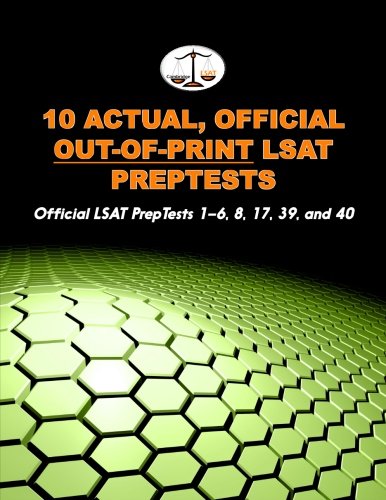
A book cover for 10 Actual, Official Out-of-Print LSAT PrepTests: Official LSAT PrepTests 1-6, 8, 17, 39, and 40 (Cambridge LSAT); Morley Tatro; Test Preparation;